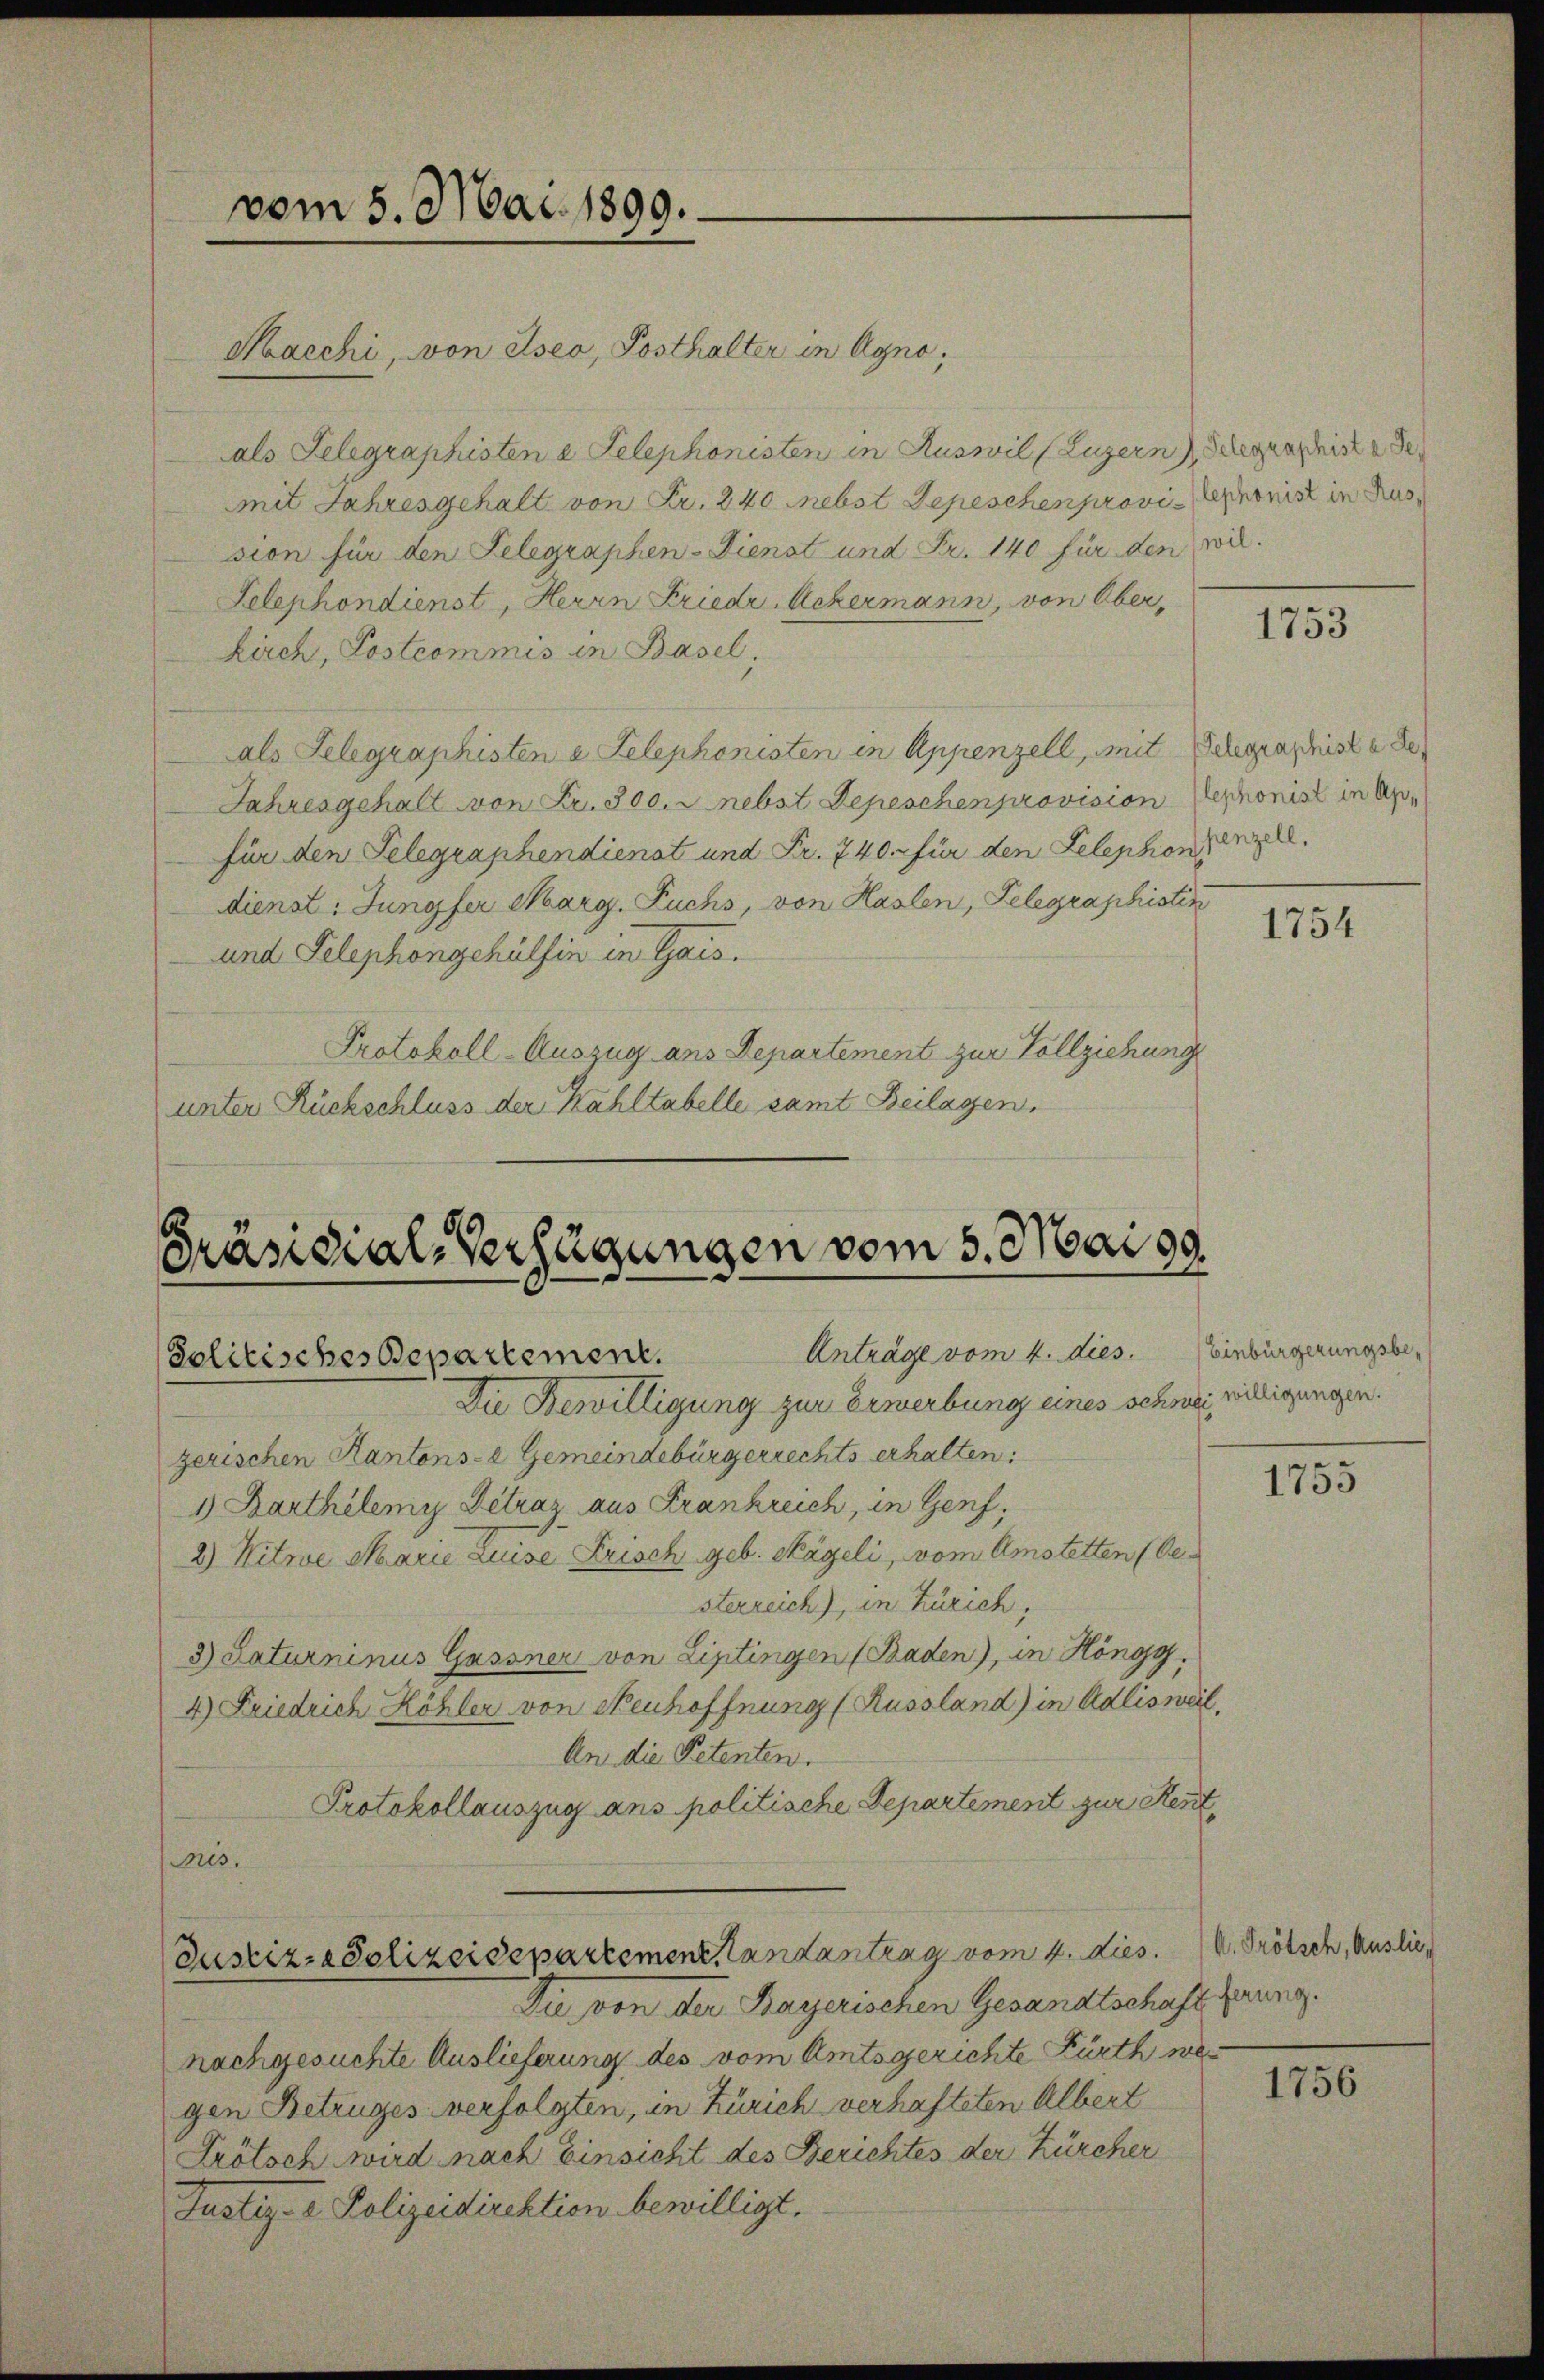
Präsidial-Verfügungen vom 5. Mai d.
Anträge vom 4. dies. Einbürgerungsbe¬
Solitisches Departement.

vom 5. Mai 1899.

Macchi, von Eseo, Posthalter in Agno,
als Telegraphisten 2 Telephonisten in Auswil (Luzern Seegraphist de
mit Jahresgehalt von Fr. 240 nebst Depeschenprovi-Senonis in das
sion für den Telegraphen-Dienst und Fr. 140 für den wil¬
Selephondienst, Herrn Friedr. Ackermann, von Ober¬
Kirch, Postcommis in Basel,
als Telegraphisten a Telephonisten in Appenzell, mit Schgraphist u de
Jahresgehalt von Fr. 300. nebst Depeschen provision Sephonist in de
für den Telegraphendienst und Fr. 740. für den Telephonienzell
dienst: Jungfer Marg. Fuchs, von Haslen, Telegraphisten
und Telephongehülfen in Gais.
Protokoll-Auszug aus Departement zur Vollziehung
unter Rückschluss der Kahltabelle samt Beilagen.

Justiz-Polizeidepartement, Landantrag vom 4. dies. v. Prötsch, Auslie¬

Die von der Bayerischen Gesandtschaft gerung.
nachgesuchte Auslieferung des vom Amtsgerichte Fürth wegen Betruges verfolgten, in Zürich verhafteten Albert
Prötsch wird nach Einsicht des Berichtes der Zürcher
Justiz- & Polizeidirektion bewilligt.

Die Bewilligung zur Erwerbung eines schwei willigungen.
zerischen Kantons-e Gemeindebürgerrechts erhalten.
1) Barthilemy Détraz aus Frankreich, in Genf,
2) Witwe Marie Luise Frisch geb. Nägeli, vom Amstetten (besterreich), in Zürich,
3) Saturninus Gassner von Liptingen (Baden), in Höngg.
4) Friedrich Köhler von Neuhoffnung (Russland) in Adlisweil,
An die Petenten.
Protokollauszug ans politische Departement zur Kennt
Mis.

1753

1754

1755

1756